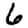
Digit: 6